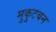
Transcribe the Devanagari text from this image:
मुकुटबन